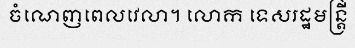
ចំណេញពេលវេលា។ លោក ទេសរដ្ឋមន្ត្រី